system: You are a helpful assistant.
user:
Analyze the provided spectrum to determine if it is a **"Cataclysmic Variables (CV)"**.

- **Key Indicators for CV (Check for either state):**
    - **State 1: Quiescent / Low-State (Emission-Dominated)**
        - **(Primary):** Strong and *very broad* Hydrogen Balmer emission lines (e.g., $H\alpha$ at 6563 Å, $H\beta$ at 4861 Å). The 'broadness' (high velocity dispersion, often FWHM > 1000 km/s) is the key diagnostic, indicating a high-velocity accretion disk.
        - **(Secondary):** Broad neutral Helium (He I) emission lines (e.g., 5876 Å, 6678 Å).
        - **(Key Confirmation):** Presence of high-excitation *ionized* Helium (He II) emission at 4686 Å. This is a strong indicator of accretion onto a white dwarf.
        - **(Line Profile):** Emission lines may exhibit a 'double-peaked' profile, which is a classic signature of a rotating accretion disk viewed at high inclination.

    - **State 2: Outburst / High-State (Absorption-Dominated)**
        - **(Primary):** Spectrum is dominated by a bright, blue continuum (looks like a hot star).
        - **(Secondary):** The emission lines from State 1 are weak, absent, or 'filled in', and are replaced by broad, shallow *absorption* lines (primarily Balmer and He I).
        - **(Morphology):** The overall spectrum mimics a hot B/A-type star. The crucial difference is that the absorption lines are significantly broader, shallower, and more 'washed-out' (or 'smeared') than the sharp lines of a normal stellar photosphere, due to high rotational speeds and pressure broadening in the disk.

Think first, call **spectral_visualization_tool** if needed to examine features in detail, then provide your final answer. Your response must adhere to the following strict rules:
1.  **Overall Structure:** Your response must follow the format `<think>...</think> <tool_call>...</tool_call> (if a tool is used) <answer>...</answer>`.
2.  **Tool Usage Constraint:** You may only make **one** tool call per turn.
3.  **Final Answer Format:** In the `<answer>` tag, your conclusion must be inside a `\boxed{}` command (e.g., `\boxed{YES}`), followed by your justification.

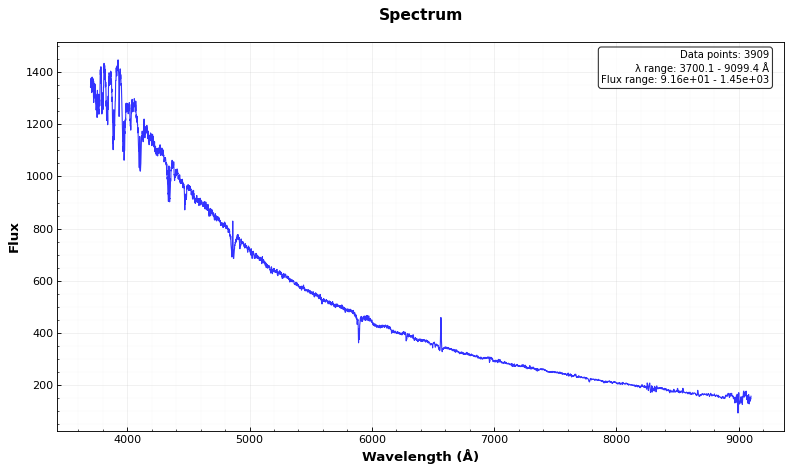
Answer: YES